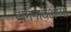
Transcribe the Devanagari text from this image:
नागनाथअप्पा